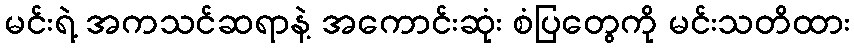
မင်းရဲ့ အကသင်ဆရာနဲ့ အကောင်းဆုံး စံပြတွေကို မင်းသတိထား